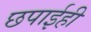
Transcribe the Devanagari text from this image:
छपाईही